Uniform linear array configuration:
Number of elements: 8
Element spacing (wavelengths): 0.5
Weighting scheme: blackman
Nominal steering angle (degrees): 0
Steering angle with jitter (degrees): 1.909
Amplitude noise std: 0.05
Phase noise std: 0.05

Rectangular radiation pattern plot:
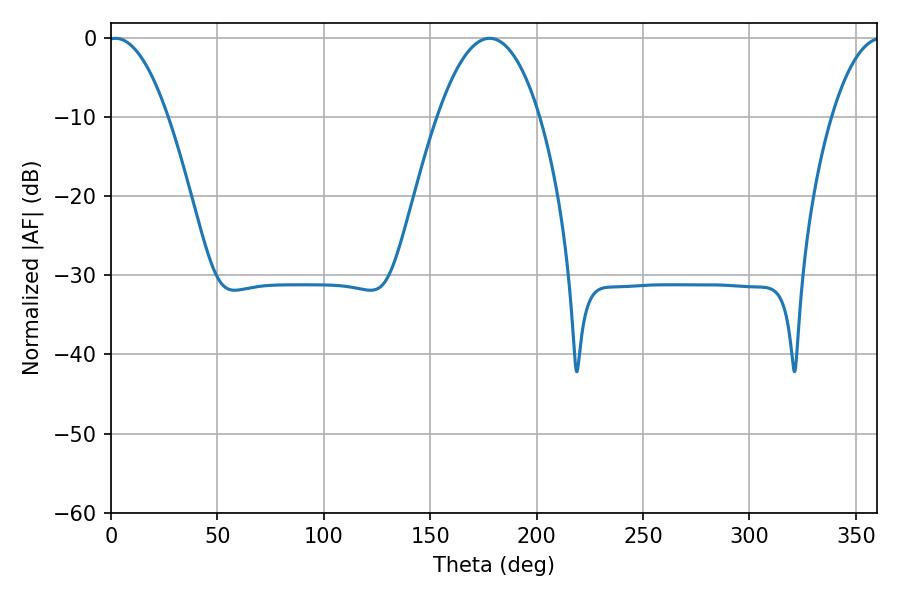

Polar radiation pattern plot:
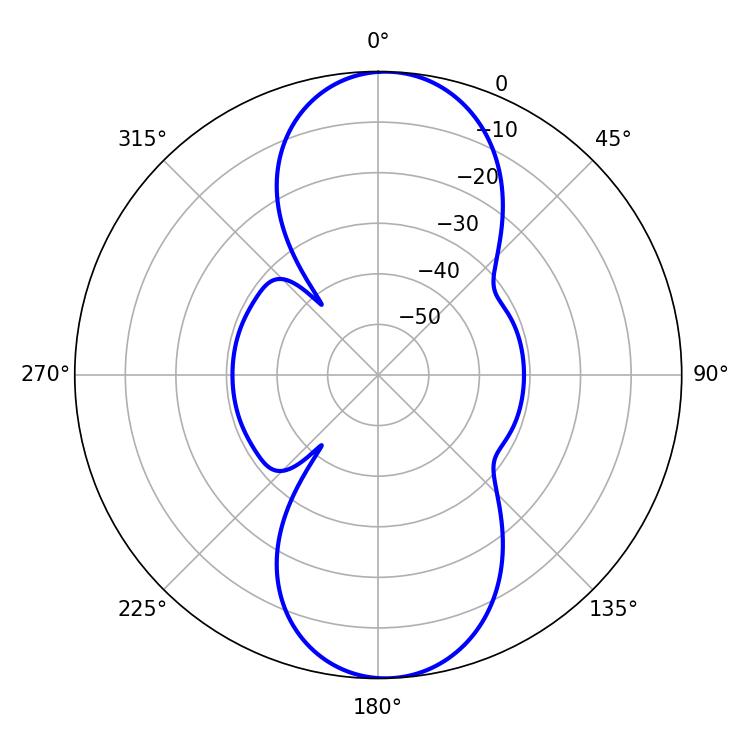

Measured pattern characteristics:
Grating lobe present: FALSE
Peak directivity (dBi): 16.687
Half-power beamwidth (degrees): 15.48
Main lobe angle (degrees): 2.16